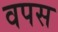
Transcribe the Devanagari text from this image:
वपस